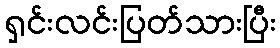
ရှင်းလင်းပြတ်သားပြီး